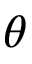
\theta